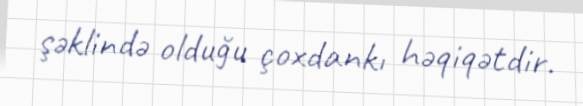
şəklində olduğu çoxdankı həqiqətdir.